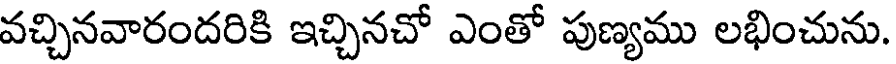
వచ్చినవారందరికి ఇచ్చినచో ఎంతో పుణ్యము లభించును.